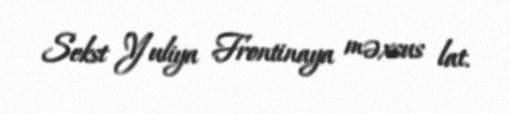
Sekst Yuliya Frontinaya məxsus lat.